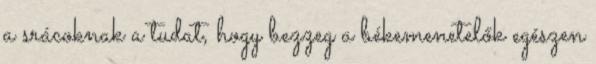
a srácoknak a tudat, hogy bezzeg a békemenetelők egészen